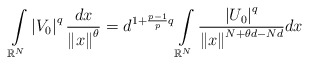
\begin{align*}\int\limits_{\mathbb{R}^{N}}\left\vert V_{0}\right\vert ^{q}\frac{dx}{\left\Vert x\right\Vert^{\theta}}=d^{1+\frac{p-1}{p}q}\int\limits_{\mathbb{R}^{N}}\frac{\left\vert U_{0}\right\vert ^{q}}{\left\Vert x\right\Vert^{N+\theta d-Nd}}dx\end{align*}